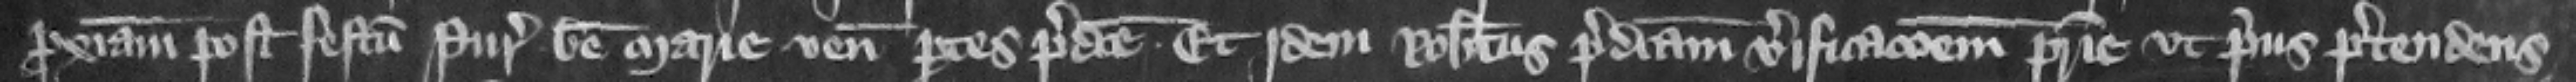
proximam post festum Purificacionis Beate Marie veniunt partes predicte. Et jdem Robertus predictam verificacionem patrie vt prius pretendens